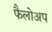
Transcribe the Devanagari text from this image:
फैलोअप